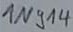
Text: 1N914